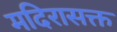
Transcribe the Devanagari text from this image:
मदिरासक्त